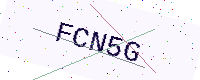
Text: FCN5G